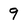
Character: 9